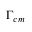
\Gamma _ { c m }